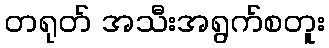
တရုတ် အသီးအရွက်စတူး